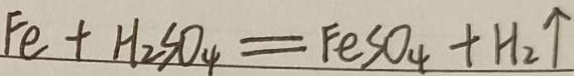
F e + H _ { 2 } S O _ { 4 } = F e S O _ { 4 } + H _ { 2 } \uparrow